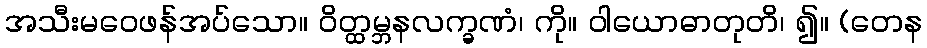
အသီးမဝေဖန်အပ်သော။ ဝိတ္ထမ္ဘနလက္ခဏံ၊ ကို။ ဝါယောဓာတုတိ၊ ၍။ (တေန